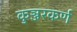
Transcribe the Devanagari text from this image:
कुञ्जरकर्ण